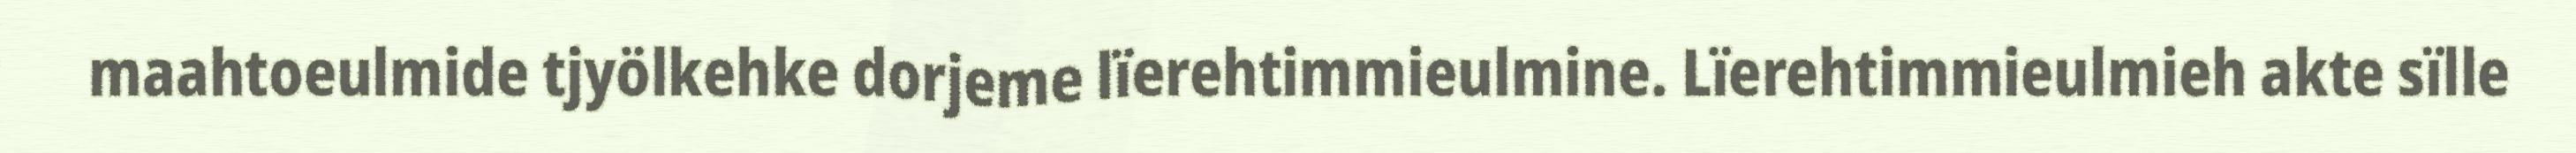
maahtoeulmide tjyölkehke dorjeme lïerehtimmieulmine. Lïerehtimmieulmieh akte sïlle